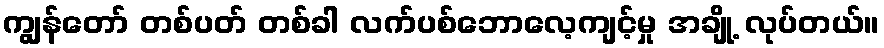
ကျွန်တော် တစ်ပတ် တစ်ခါ လက်ပစ်ဘောလေ့ကျင့်မှု အချို့ လုပ်တယ်။